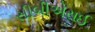
સીબીએસઈ